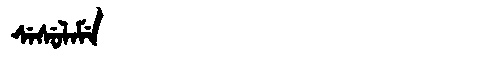
Manchu: ᠰᡝᠰᡠᠯᠠᠮᡝ
Romanization: SESULAME